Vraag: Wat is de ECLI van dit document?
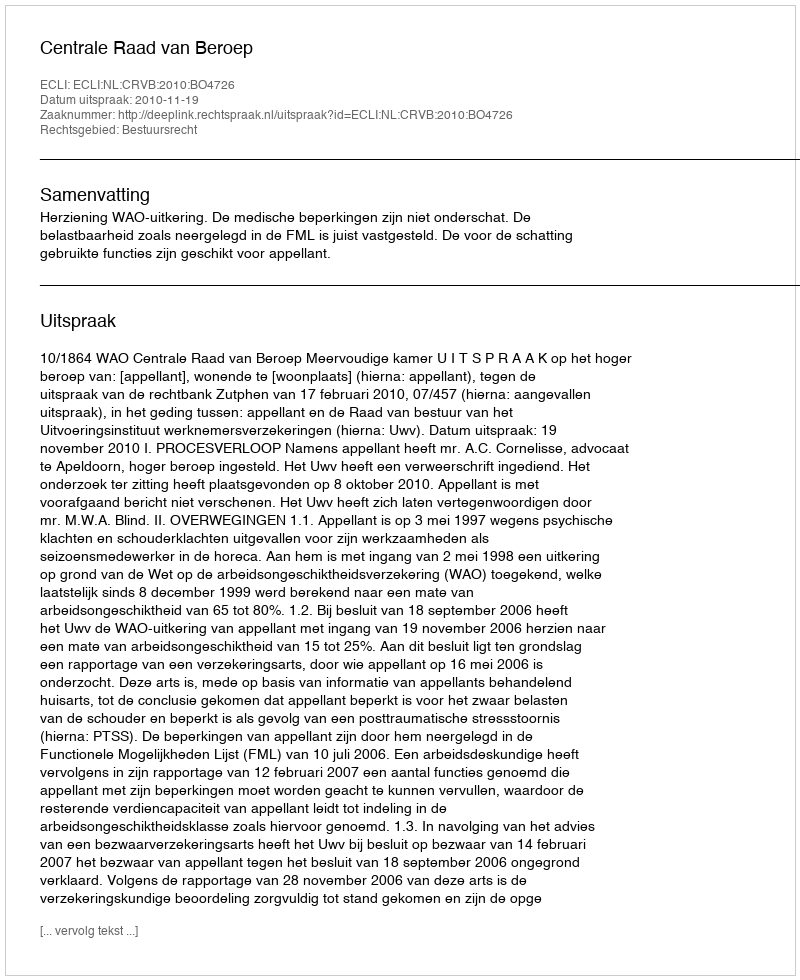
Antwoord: ECLI:NL:CRVB:2010:BO4726